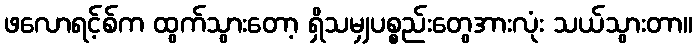
ဖလောရင့်စ်က ထွက်သွားတော့ ရှိသမျှပစ္စည်းတွေအားလုံး သယ်သွားတာ။